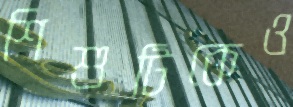
শিশুটিকেও